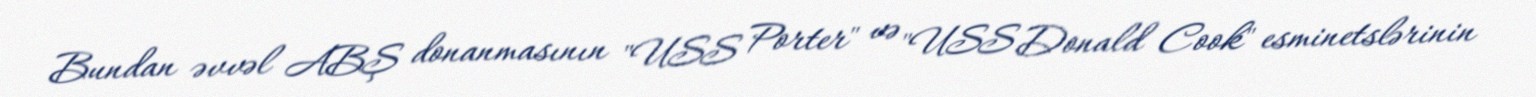
Bundan əvvəl ABŞ donanmasının "USS Porter" və "USS Donald Cook" esminetslərinin